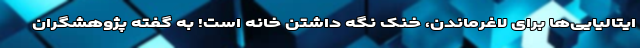
ایتالیایی‌ها برای لاغرماندن، خنک نگه داشتن خانه است! به گفته پژوهشگران